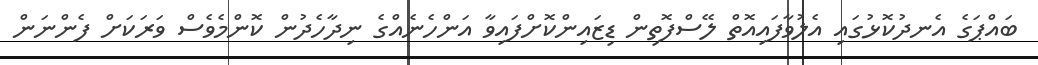
ބައްޕަގެ އެނދުކޮޅުގައި އެލުވާފައިއޮތް ލޭސްފޮތިން ޑިޒައިންކޮށްފައިވާ އަންހެނެއްގެ ނިދާހެދުން ކޮންމެވެސް ވަރަކަށް ފެންނަން